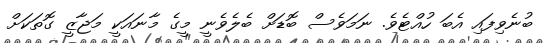
ބުނެވިފައި އެބަ ހުއްޓެވެ. ނަމަވެސް ބޮޑަށް ބެލެވެނީ މީގެ މާނައަކީ މަޖާޒީ ގޮތަކަށް